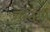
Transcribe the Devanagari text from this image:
बरतेंगी